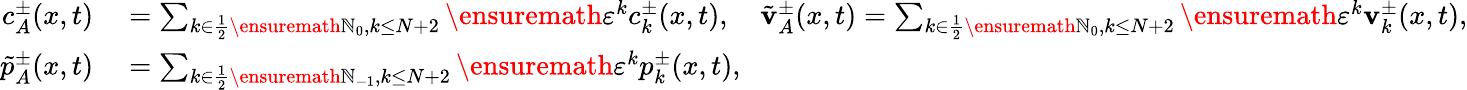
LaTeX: \begin{array}{rl}{c_{A}^{\pm}(x,t)}&{{}=\sum_{k\in\frac 12\ensuremath{\mathbb{N}}_{0},k\leq N+2}\ensuremath{\varepsilon}^{k}c_{k}^{\pm}(x,t),\quad\tilde{\mathbf{v}}_{A}^{\pm}(x,t)=\sum_{k\in\frac 12\ensuremath{\mathbb{N}}_{0},k\leq N+2}\ensuremath{\varepsilon}^{k}\mathbf{v}_{k}^{\pm}(x,t),}\\ {\tilde{p}_{A}^{\pm}(x,t)}&{{}=\sum_{k\in\frac 12\ensuremath{\mathbb{N}}_{-1},k\leq N+2}\ensuremath{\varepsilon}^{k}p_{k}^{\pm}(x,t),}\end{array}